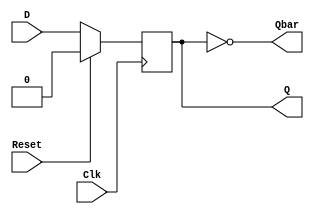
`timescale 1ns / 1ps
//////////////////////////////////////////////////////////////////////////////////
// Module Name:    dff 
// Project Name: D flipflop
// Tool versions: Xilinx ISE Design Suit 14.7 
// Revision 0.01 - File Created
//////////////////////////////////////////////////////////////////////////////////
module DFF(Q,Qbar,D,Clk,Reset);

output  reg  Q; 

output   Qbar; 

input   D,Clk,Reset; 

assign Qbar = ~Q; 

always @(posedge Clk) 

begin 

 if (Reset == 1'b1) //If not at reset 

  Q = 1'b0;

 else 

  Q = D;

end 

endmodule